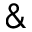
\&